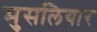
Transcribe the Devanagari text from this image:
मुसलियार